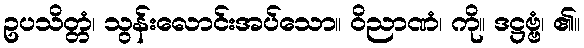
ဥပသိတ္တံ၊ သွန်းလောင်းအပ်သော။ ဝိညာဏံ၊ ကို။ ဒဋ္ဌဗ္ဗံ၊ ၏။